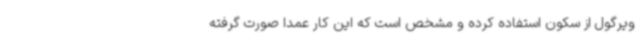
ویرگول از سکون استفاده کرده و مشخص است که این کار عمدا صورت گرفته